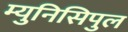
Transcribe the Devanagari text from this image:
म्युनिसिपुल